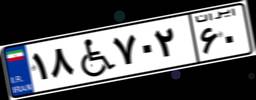
۱۸W۷۰۲۶۰